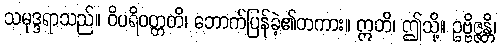
သမုဒ္ဒရာသည်။ ဝိပရိဝတ္တတိ၊ ဘောက်ပြန်ခဲ့၏တကား။ ဣတိ၊ ဤသို့။ ဥဗ္ဗိဇ္ဇန္တိ၊